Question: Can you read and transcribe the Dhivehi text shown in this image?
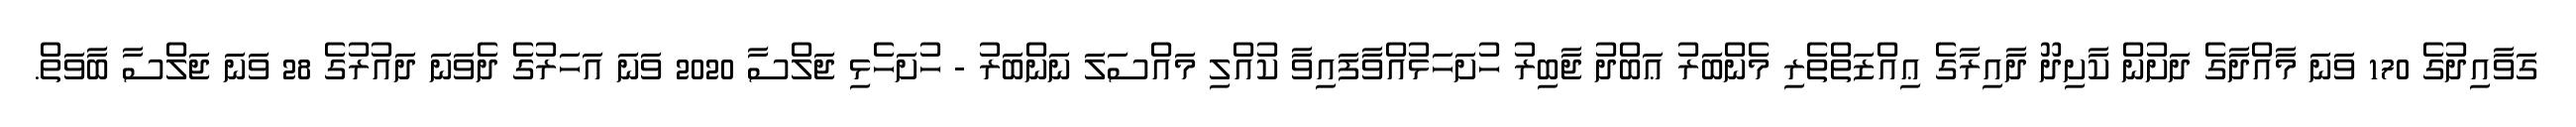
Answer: ގަވާއިދުގެ 170 ވަނަ މާއްދާގެ ދަށުން ކާށިދޫ ދާއިރާގެ ޢިއްޒަތްތެރި މެންބަރު ޢަބްދު ޖާބިރު ހުށަހަޅުއްވާފައިވާ ކުއްލި މައްސަލަ ނަންބަރު - ހުށަހެޅި ޖަލްސާ 2020 ވަނަ އަހަރުގެ ދެވަނަ ދައުރުގެ 28 ވަނަ ޖަލްސާ ބާވަތް.